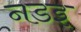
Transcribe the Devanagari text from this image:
नडइ